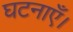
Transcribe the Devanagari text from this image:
घटनाएँ।